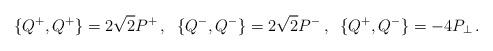
LaTeX: \begin{align*}\{Q^+,Q^+\}=2\sqrt{2}P^+\,, \;\;\{Q^-,Q^-\}=2\sqrt{2}P^-\,, \;\;\{Q^+,Q^-\}=-4P_\perp\,.\end{align*}